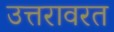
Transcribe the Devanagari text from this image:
उत्तरावरत